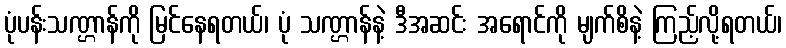
ပုံပန်းသဏ္ဌာန်ကို မြင်နေရတယ်၊ ပုံ သဏ္ဌာန်နဲ့ ဒီအဆင်း အရောင်ကို မျက်စိနဲ့ ကြည့်လို့ရတယ်၊